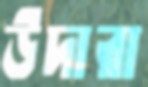
উদারা